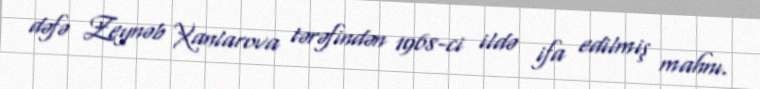
dəfə Zeynəb Xanlarova tərəfindən 1968-ci ildə ifa edilmiş mahnı.